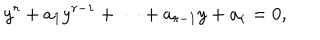
LaTeX: y ^ { r } + a _ { 1 } y ^ { r - 1 } + \cdots + a _ { r - 1 } y + a _ { r } = 0 ,